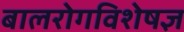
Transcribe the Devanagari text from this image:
बालरोगविशेषज्ञ